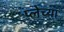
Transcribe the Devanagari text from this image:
प्लेच्या